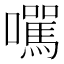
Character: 𡄃